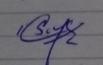
Signature authenticity: genuine